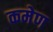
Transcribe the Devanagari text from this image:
कमेण